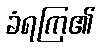
ခံရကြ၏